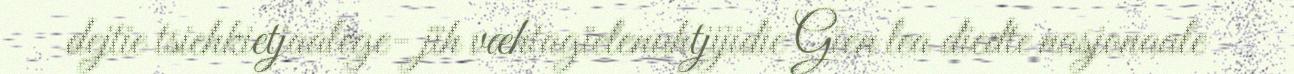
dejtie tsiehkietjaalege- jïh væhtagïelenuhtjijidie Gïen lea dïedte nasjonaale